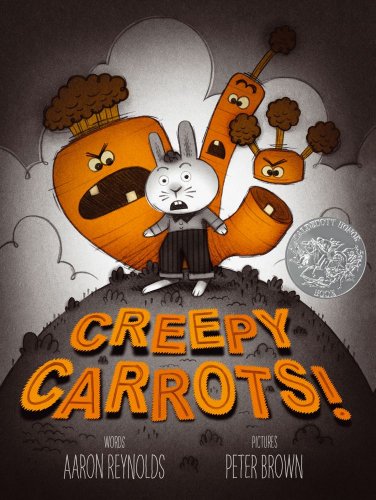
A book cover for Creepy Carrots!; Aaron Reynolds; Children's Books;